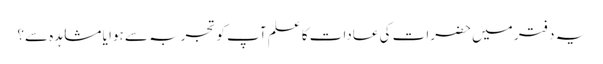
یہ دفتر میں حضرات کی عادات کا علم آپ کو تجربہ سے ہوا یا مشاہدہ سے؟